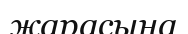
жарасына